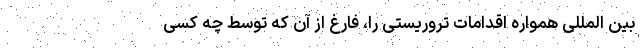
بین المللی همواره اقدامات تروریستی را، فارغ از آن که توسط چه کسی